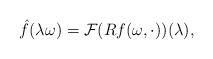
LaTeX: \begin{align*}\hat{f}(\lambda\omega)= \mathcal F (Rf(\omega, \cdot))(\lambda),\end{align*}